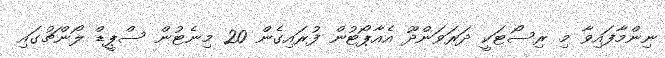
ނިންމާފައިވާ މި ރިސޯޓަކީ ދަރަވަންދޫ އެއާޕޯޓުން ފުރައިގެން 20 މިނެޓުން ސްޕީޑް ލޯންޗުގައި